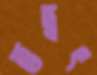
তদ্বৎ